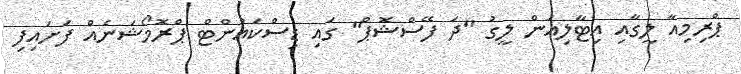
ޕްރިމިއާ ލީގާއި އިޓާލިއަން ލީގު "ދަ ފޭސްޝޮޕް" ގައި ޑިސްކައުންޓް ޕްރޮމޯޝަނެއް ފަށައިފި